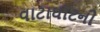
વાટાઘાટની